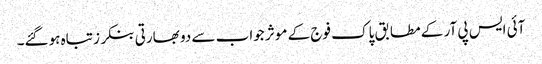
آئی ایس پی آر کے مطابق پاک فوج کے موثر جواب سے دو بھارتی بنکرز تباہ ہوگئے۔